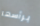
برأسها